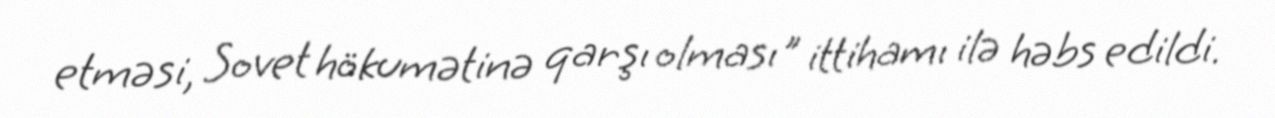
etməsi, Sovet hökumətinə qarşı olması" ittihamı ilə həbs edildi.